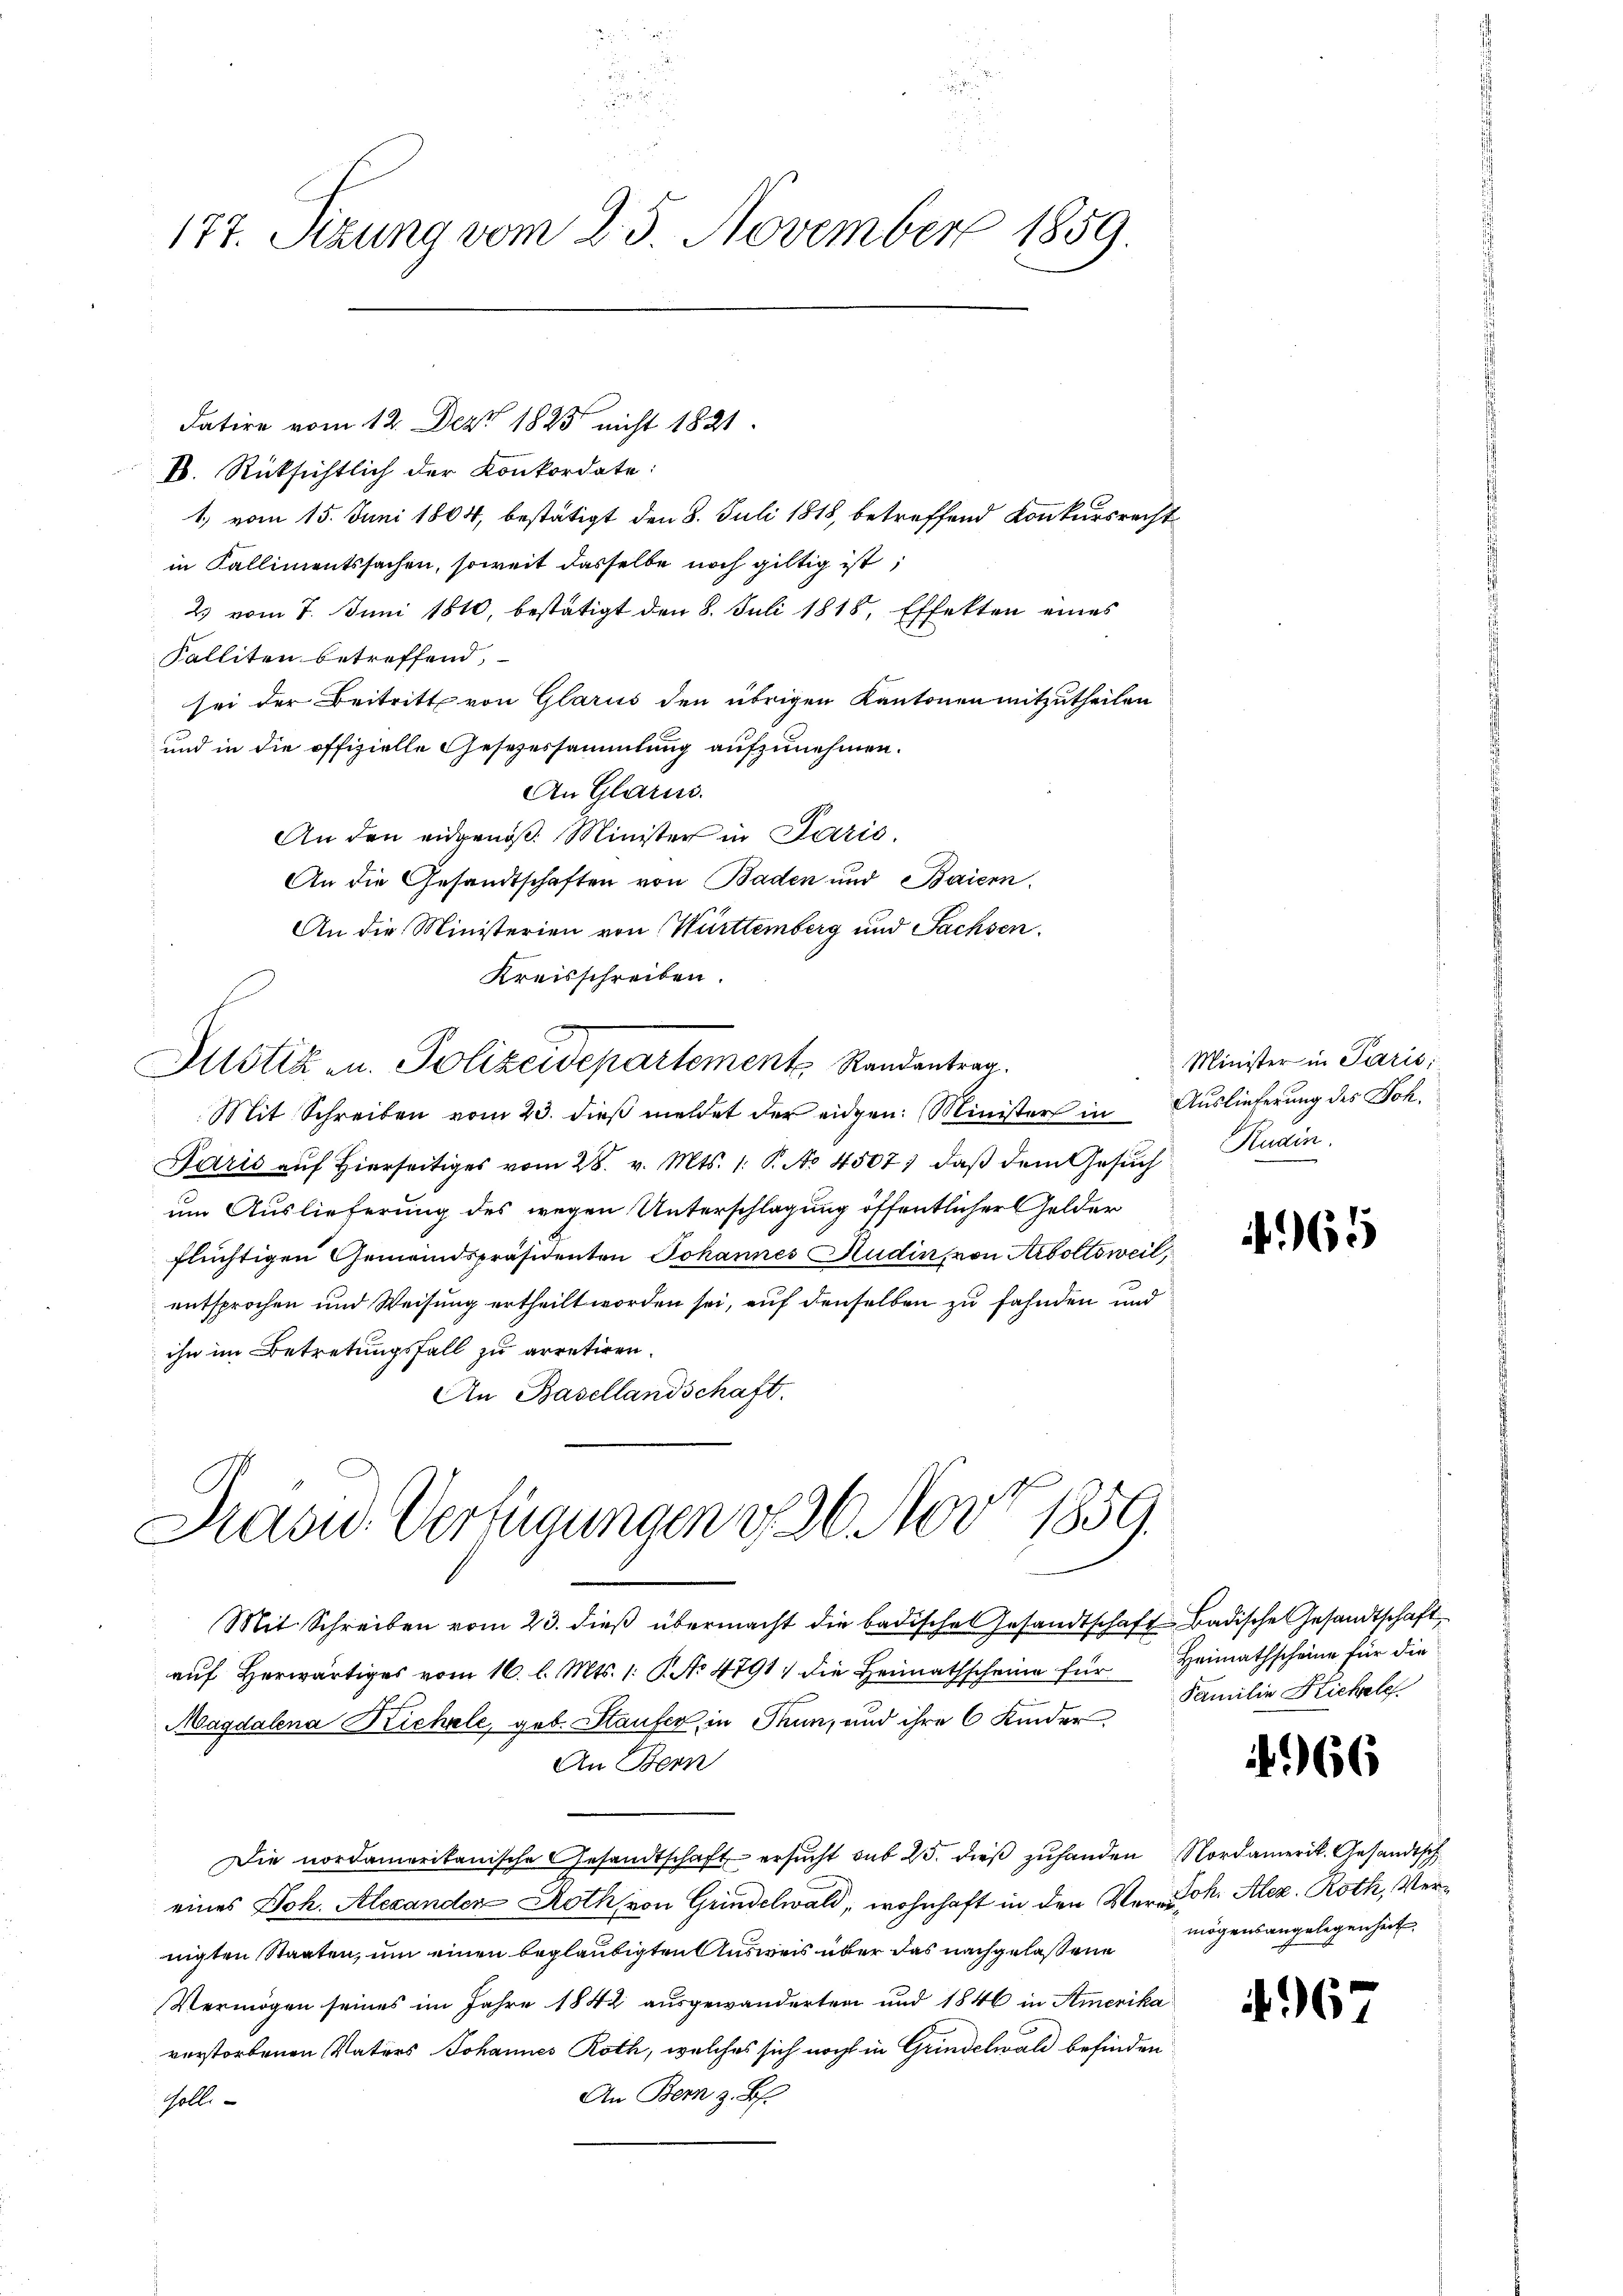
177. Sizung vom 25. November 1859.

datire vom 12. Dez. 1825 nicht 1821.
V. Rücksichtlich der Konkordate:
1) vom 15. Juni 1864, bestätigt den 8. Juli 1818, betreffend Konkursrecht
in Kallimentssachen, soweit dasselbe noch giltig ist,
2 vom 7. Juni 1810, bestätigt den 8. Juli 1818, Effekten eines
Falliten betreffend,
sei der Beitritt von Glarus den übrigen Kantonen mitzutheilen
und in die offizielle Gesezessammlung aufzunehmen.
An Glarus.
An den eidgenöß. Minister in Paris.
An die Gesandtschaften von Baden und Baiern.
An die Ministerien von Württemberg und Sachsen.
Kreisschreiben.
Justiz- u. Polizeidepartement Randantrag.
Mit Schreiben vom 23. dieß meldet der eidgen: Minister in Auslieferung des Joh.
Paris aŭf hierseitiges vom 28. v. Mts. 1. P. No 4507), daβ dem Gesŭch Kudin.
um Auslieferung des wegen Unterschlagung öffentlicher Gelder
flüchtigen Gemeindspräsidenten Johannes Rudin, von Arboltsweil,
entsprochen und Weisung ertheilt worden sei, auf denselben zu fahnden und
ihn im Betretungsfall zu arretiren.
An Basellandschaft.

Prasid. Verfügungen v. 26. Nov. 1859.

Mit Schreiben vom 23. dieß übermacht die badisches Gesandtschaft Badische Gesandtschaft
auf Herwärtiges vom 16. l. Mts. 1. P. No 4791. die Heimathscheine für Heimathscheine für die
Magdalena Richale, geb. Staufer, in Thun, und ihre 6 Kinder
An Bern
Die nordamerikanische Gesandtschaft ersŭcht sub 25. dieß zuhanden Nordamerit. Gesandtsch
eines Joh. Alexanden Roth von Grindelwald, wohnhaft in den Ver- Joh. Alez. Roth, Vernigten Staaten, um einen beglaubigten Ausweis über das nachgelaßene mögensangelegenheit,
Vermögen seines im Jahre 1842 ausgewanderten und 1846 in Amerika
verstorbenen Vaters Johannes Roth, welches sich noch in Grindelwald befinden
An Bern z. B.
soll.

Minister in Paris

65

Familie Stickele

466

967